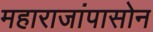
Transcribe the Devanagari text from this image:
महाराजांपासोन